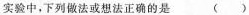
实验中，下列做法或想法正确的是（)